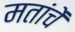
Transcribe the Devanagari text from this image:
मतांचें